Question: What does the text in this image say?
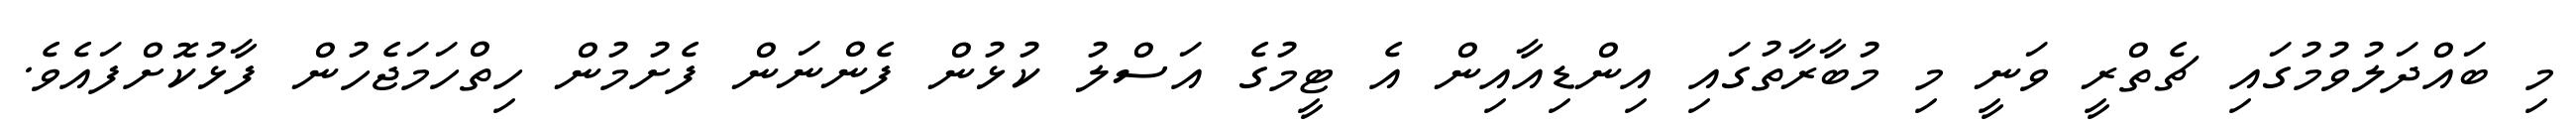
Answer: މި ބައްދަލުވުމުގައި ޗެތްރީ ވަނީ މި މުބާރާތުގައި އިންޑިއާއިން އެ ޓީމުގެ އަސްލު ކުޅުން ފެންނަން ފެށުމުން ހިތްހަމަޖެހުން ފާޅުކޮށްފައެވެ.